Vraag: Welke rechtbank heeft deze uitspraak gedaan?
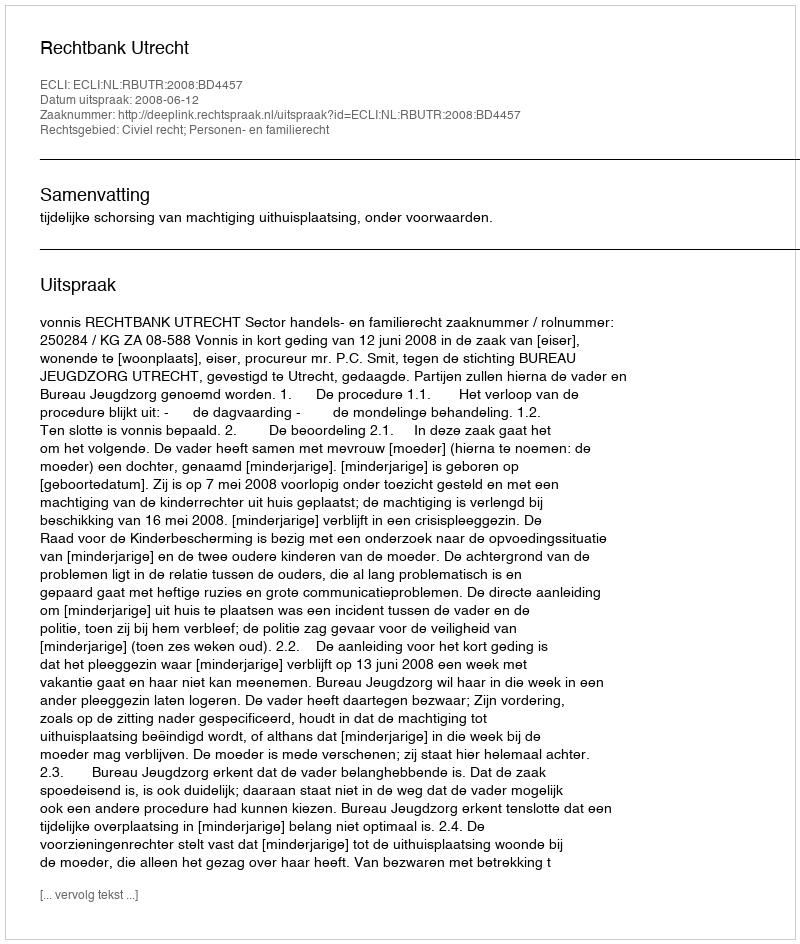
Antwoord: Rechtbank Utrecht